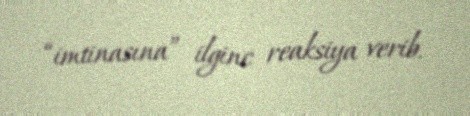
“imtinasına” ilginc reaksiya verib.